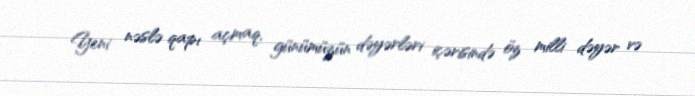
Yeni nəslə qapı açmaq, günümüzün dəyərləri içərisində öz milli dəyər və